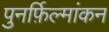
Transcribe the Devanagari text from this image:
पुनर्फ़िल्मांकन